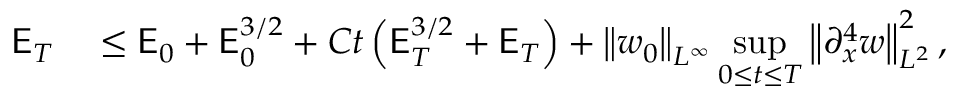
\begin{array} { r l } { \mathsf { E } _ { T } } & { { } \leq \mathsf { E } _ { 0 } + \mathsf { E } _ { 0 } ^ { 3 / 2 } + C t \left( \mathsf { E } _ { T } ^ { 3 / 2 } + \mathsf { E } _ { T } \right) + \left\| w _ { 0 } \right\| _ { L ^ { \infty } } \displaystyle \operatorname* { s u p } _ { 0 \leq t \leq T } \left\| \partial _ { x } ^ { 4 } w \right\| _ { L ^ { 2 } } ^ { 2 } , } \end{array}